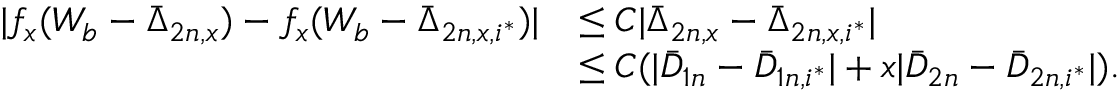
\begin{array} { r l } { | f _ { x } ( W _ { b } - \bar { \Delta } _ { 2 n , x } ) - f _ { x } ( W _ { b } - \bar { \Delta } _ { 2 n , x , i ^ { * } } ) | } & { \leq C | \bar { \Delta } _ { 2 n , x } - \bar { \Delta } _ { 2 n , x , i ^ { * } } | } \\ & { \leq C ( | \bar { D } _ { 1 n } - \bar { D } _ { 1 n , i ^ { * } } | + x | \bar { D } _ { 2 n } - \bar { D } _ { 2 n , i ^ { * } } | ) . } \end{array}